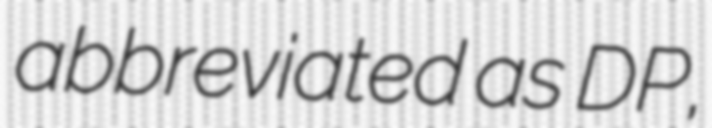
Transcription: abbreviated as DP,